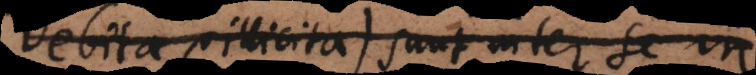
Debita (illicita) sunt inter se in